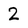
Character: 2